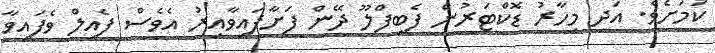
ކަމަށެވެ. އަދި މިހާރު ޑޮކްޓަރުން ފެބިފްލޫ ދޭން ފަށާފައިވާއިރު އެވެސް ފެއިލް ވެފައިވާ